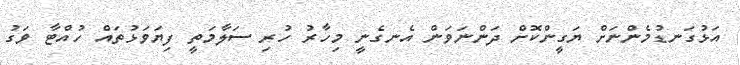
އަޅުގަނޑުމެންނަށް ޔަގީންކޮށް ދަންނަވަން އެނގެނީ މިހާރު ހުރި ސަލާމަތީ ފިޔަވަޅުތައް ހުއްޓާ ވަގު